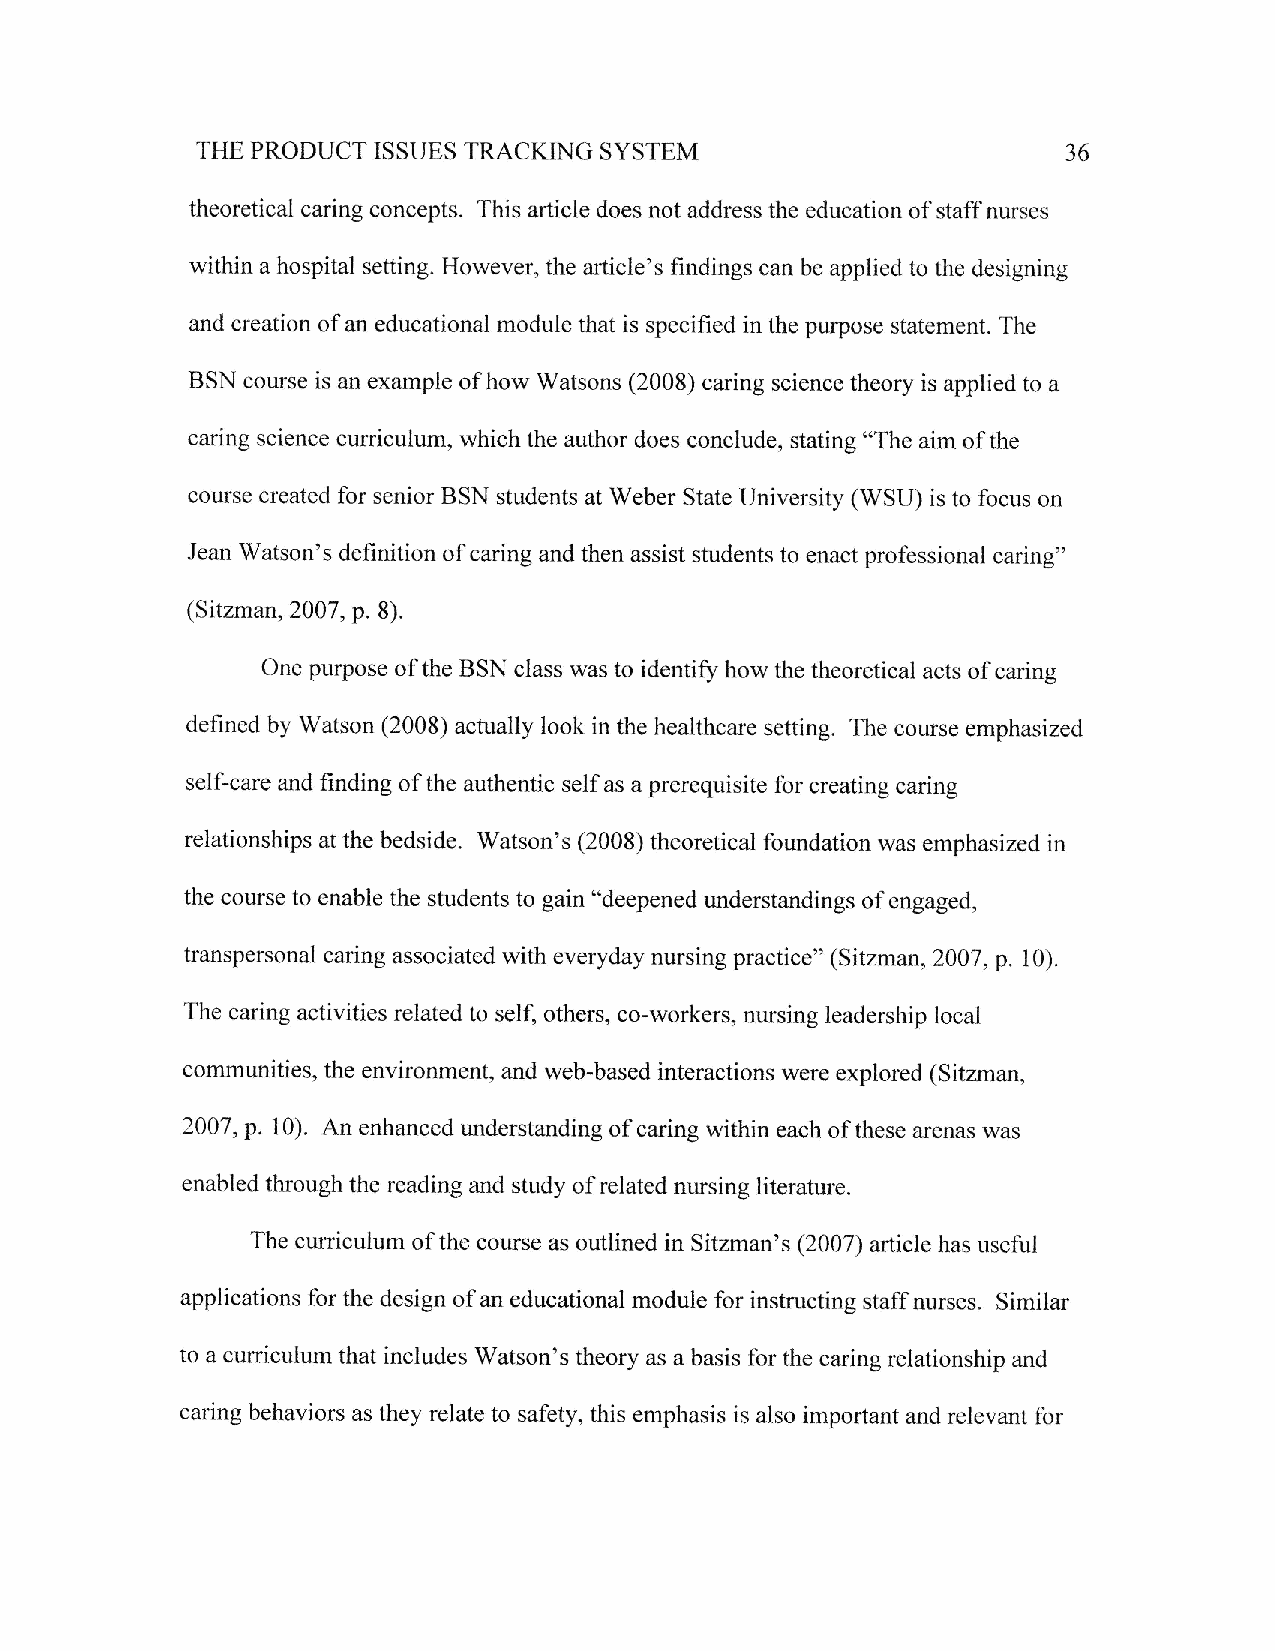
SYSTEM
 THE PRODUCT ISSUES TRACKIhIG                              36
 theoretical caring concepts. This article does not address the education of staff nurses
 within a hospital setting. However, the article's findings can be applied to the designing
 and creation of an educational module that is specified in the purpose statement. The
 BSN course is an example of how Watsons (2008) caring science theory is applied to a
 caring science curriculum, which the author does conclude, stating o'The aim of the
 course created for senior BSN students at Weber State University (WStj) is to focus on
 Jean Watson's definition of caring and then assist students to enact professional caring"
 (Sitzman ,2007 , p. 8).
 One purpose of the BSN class was to identifr howthe theoretical acts of caring
 defined by Watson (2008) acnrally look in the healthcare setting. The course emphasized
 self-care and finding of the authentic self as a prerequisite for creating caring
 relationships at the bedside. Watson's (2008) theoretical foundation was emphasized in
 the course to enable the students to gain "deepened understandings of engaged,
 transpersonal caring associated with everyday nursing practice" (Sitzman,2007, p. 10).
 The caring activities related to self others, co-workers, nrrsing leadership local
 cofilmunities, the environment, ffid web-based interactions were explored (Sitzman,
 2007, p. l0). An enhanced rxrderstanding of caring within each of these arenas was
 enabled through the reading and study of related nursing literature.
 The cumiculum of the course as outlined in Sitzman's (2007) article has useful
 applications for the design of an educational module for instructing staff nurses. Similar
 to a curriculum that includes Watson's theory as a basis for the caring relationship and
 caring behaviors as they relate to safety, this emphasis is also important and relevant for